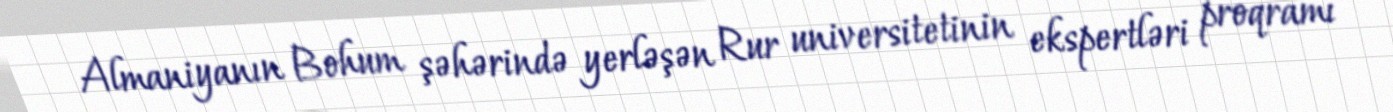
Almaniyanın Bohum şəhərində yerləşən Rur universitetinin ekspertləri proqramı